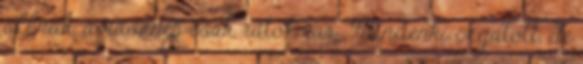
állnak, a násznép csak rátok vár. Mindenki izgatott, de